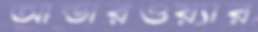
আন্ডারওয়্যার